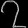
Digit: ၇